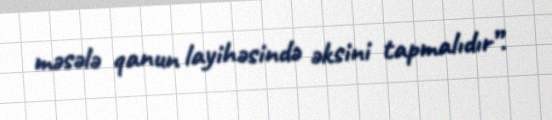
məsələ qanun layihəsində əksini tapmalıdır”.